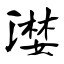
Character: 漤